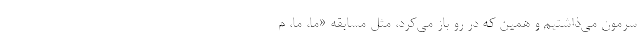
سرمون می‌ذاشتیم و همین که در رو باز می‌کرد، مثل مسابقه «ما، ما، م